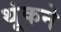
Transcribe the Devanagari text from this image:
थूंकने